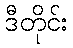
ဒီတိုင်း